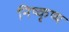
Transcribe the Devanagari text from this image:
निष्कृष्य